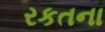
રકતના